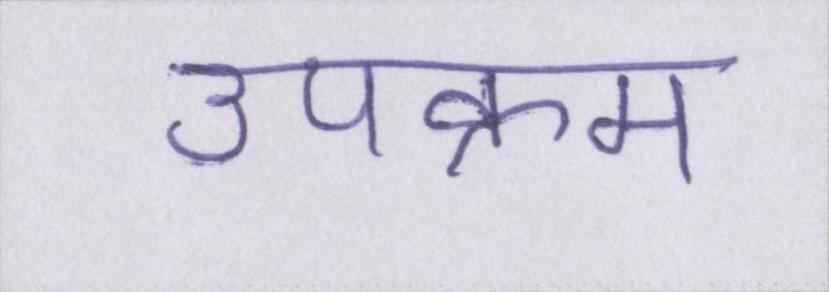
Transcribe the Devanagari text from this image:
उपक्रम